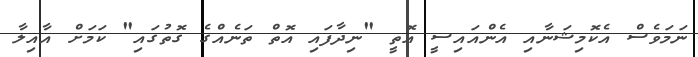
ނަމަވެސް އެކޮމިޝަނާއި އެންއައިސީ އޮތީ "ނިދާފައި އޮތް ތަނެއްގެ ގޮތުގައި" ކަމަށް އާއިލާ